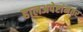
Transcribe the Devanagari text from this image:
हालअपेष्टांनंतर